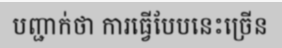
បញ្ជាក់ថា ការធ្វើបែបនេះច្រើន